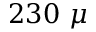
2 3 0 ~ \mu